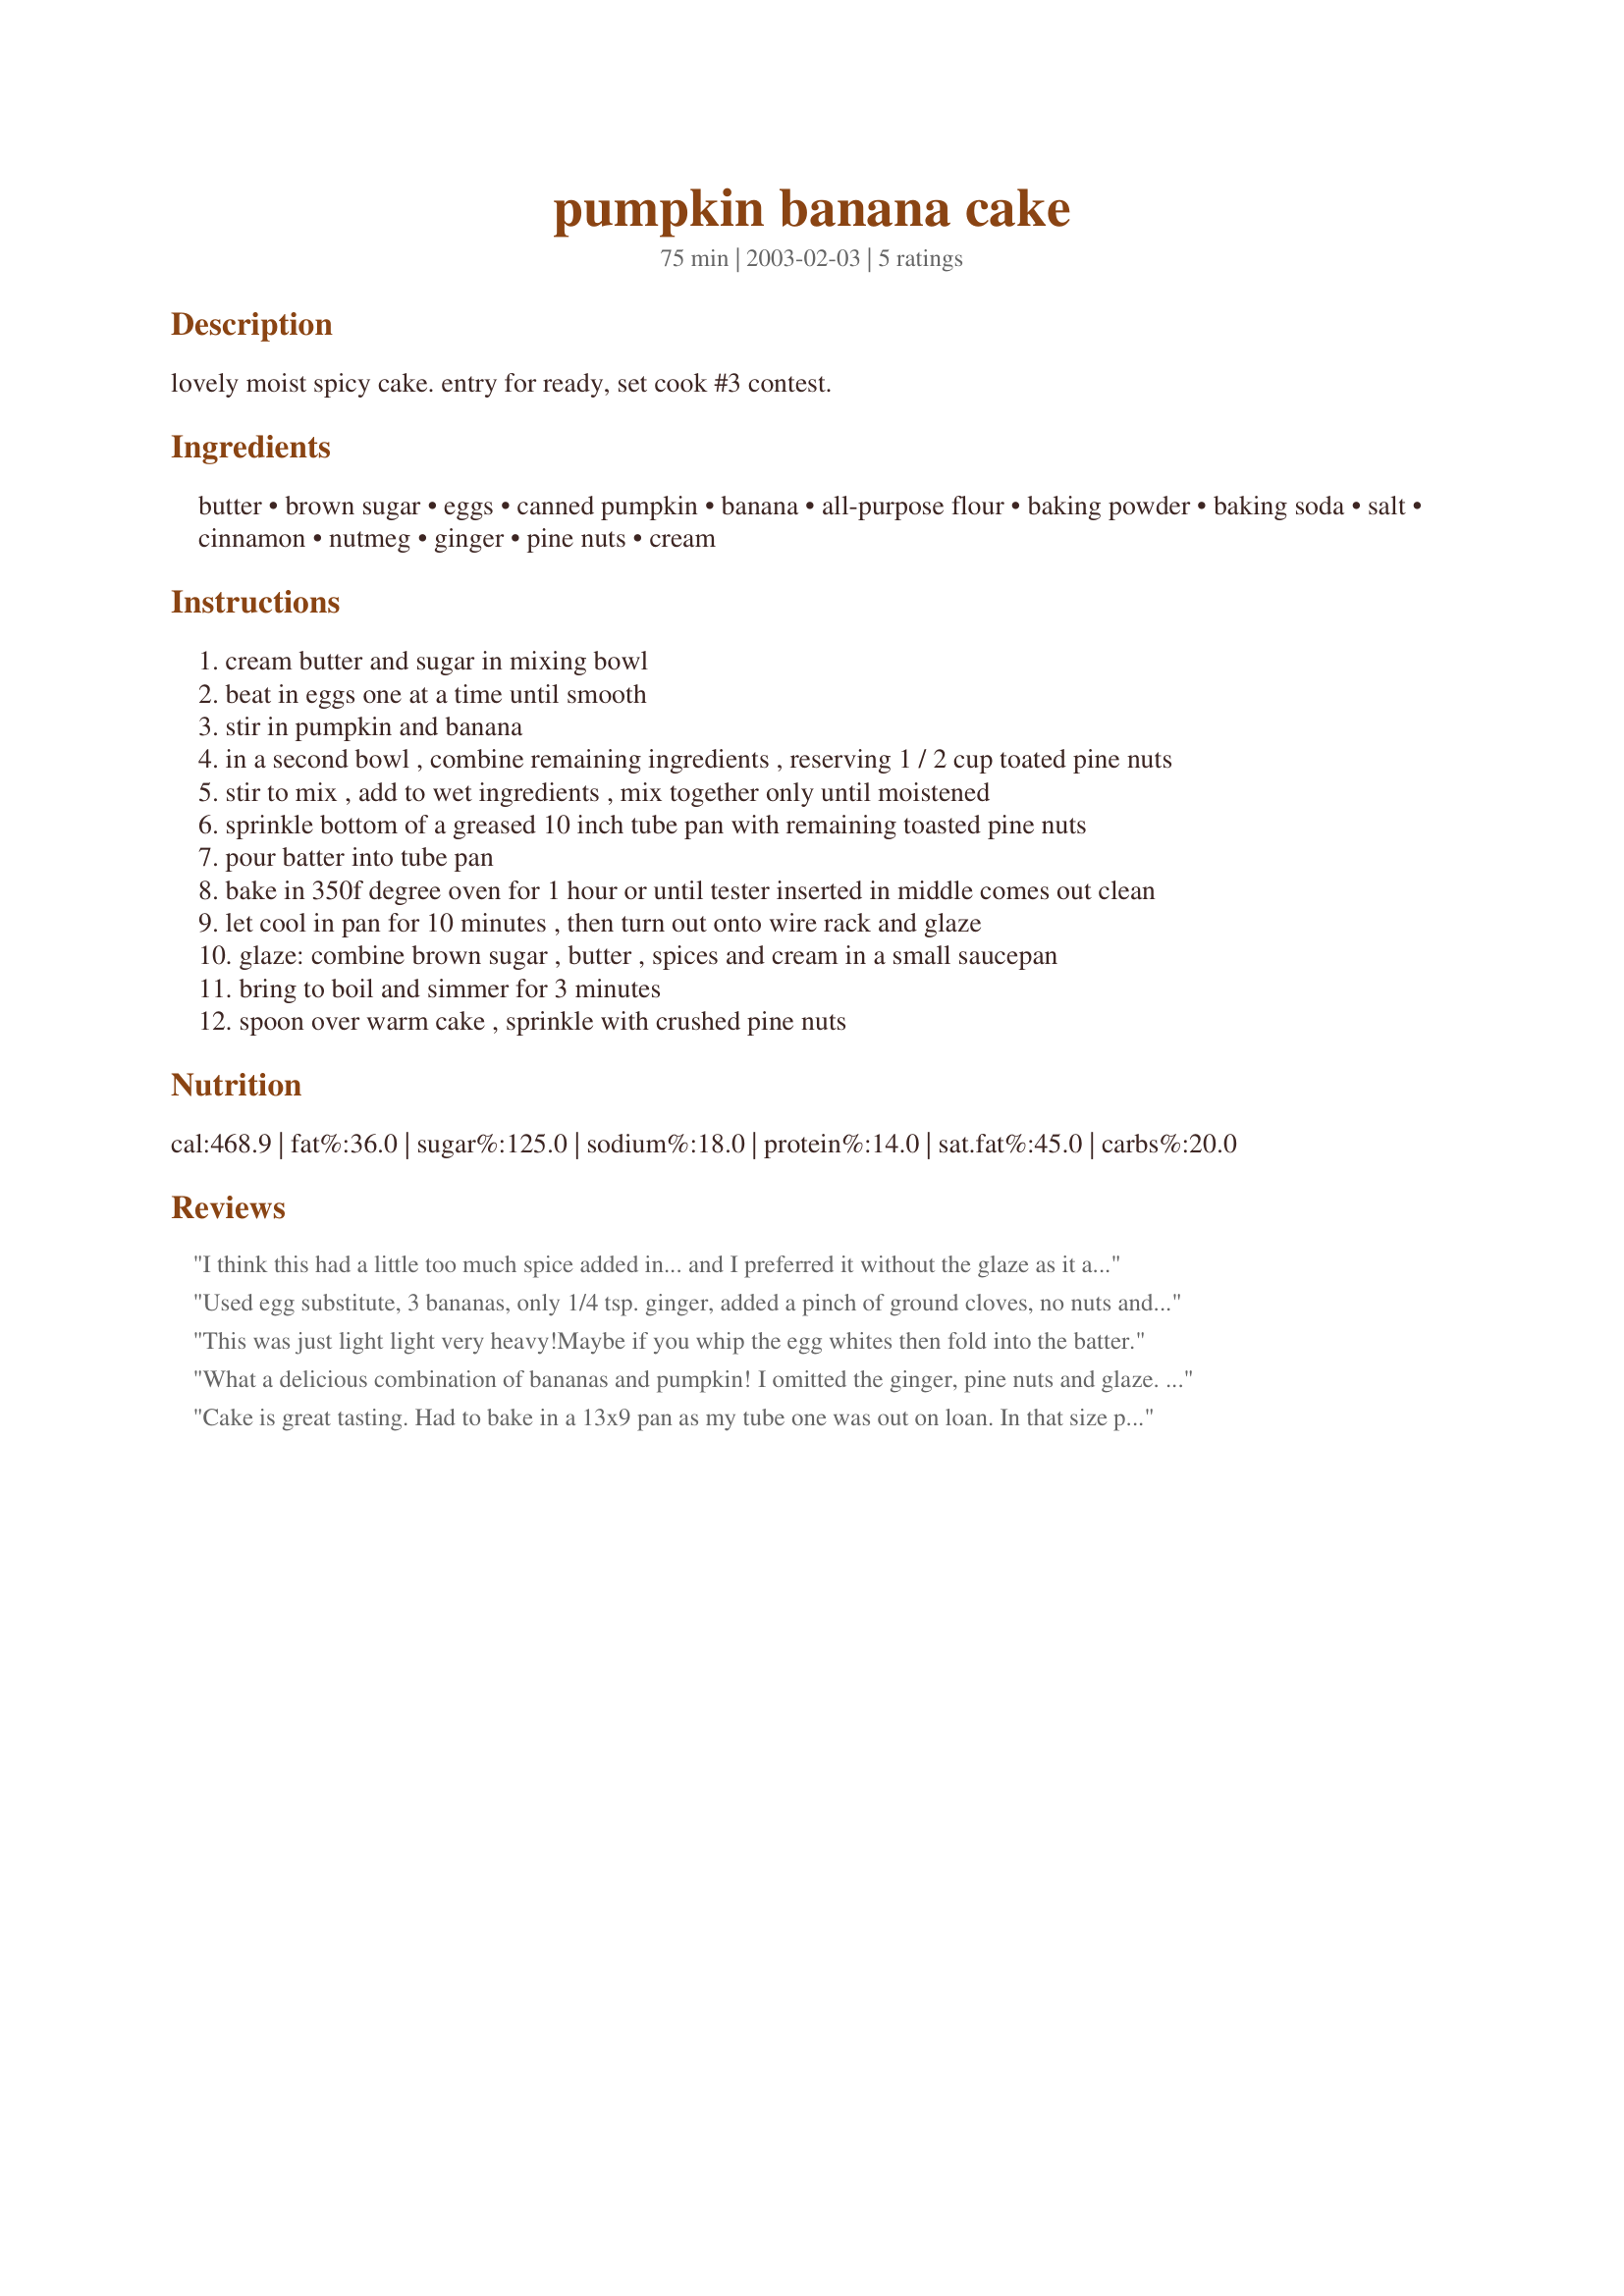
pumpkin banana cake
Preparation time: 75 minutes

lovely moist spicy cake. entry for ready, set cook #3 contest.

Ingredients:
butter, brown sugar, eggs, canned pumpkin, banana, all-purpose flour, baking powder, baking soda, salt, cinnamon, nutmeg, ginger, pine nuts, cream

Steps:
cream butter and sugar in mixing bowl
beat in eggs one at a time until smooth
stir in pumpkin and banana
in a second bowl , combine remaining ingredients , reserving 1 / 2 cup toated pine nuts
stir to mix , add to wet ingredients , mix together only until moistened
sprinkle bottom of a greased 10 inch tube pan with remaining toasted pine nuts
pour batter into tube pan
bake in 350f degree oven for 1 hour or until tester inserted in middle comes out clean
let cool in pan for 10 minutes , then turn out onto wire rack and glaze
glaze: combine brown sugar , butter , spices and cream in a small saucepan
bring to boil and simmer for 3 minutes
spoon over warm cake , sprinkle with crushed pine nuts

Reviews:
I think this had a little too much spice added in... and I preferred it without the glaze as it added even more spice to the cake.
Used egg substitute, 3 bananas, only 1/4 tsp. ginger, added a pinch of ground cloves, no nuts and no glaze. This was terrific, not too spicy, very moist and fluffy and a perfect balance of banana and pumpkin. I will be making it many times throughout the holiday season for my guests. Thanks!!
This was just light light very heavy!Maybe if you whip the egg whites then fold into the batter.
What a delicious combination of bananas and pumpkin! I omitted the ginger, pine nuts and glaze.
Walnuts or chocolate chips make great alternatives. Moist and light. This recipe is a keeper!
Cake is great tasting. Had to bake in a 13x9 pan as my tube one was out on loan. In that size pan though it could of used more glaze, but otherwise a great tasting cake!
